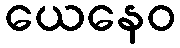
ယေနေဝ